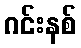
ဂင်းနစ်